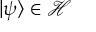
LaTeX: | \psi \rangle \in { \mathcal { H } }